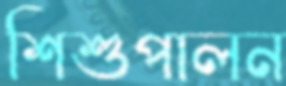
শিশুপালন